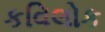
કવિલોક